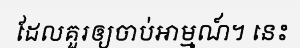
ដែលគួរឲ្យចាប់អាម្មណ៍។ នេះ